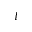
I